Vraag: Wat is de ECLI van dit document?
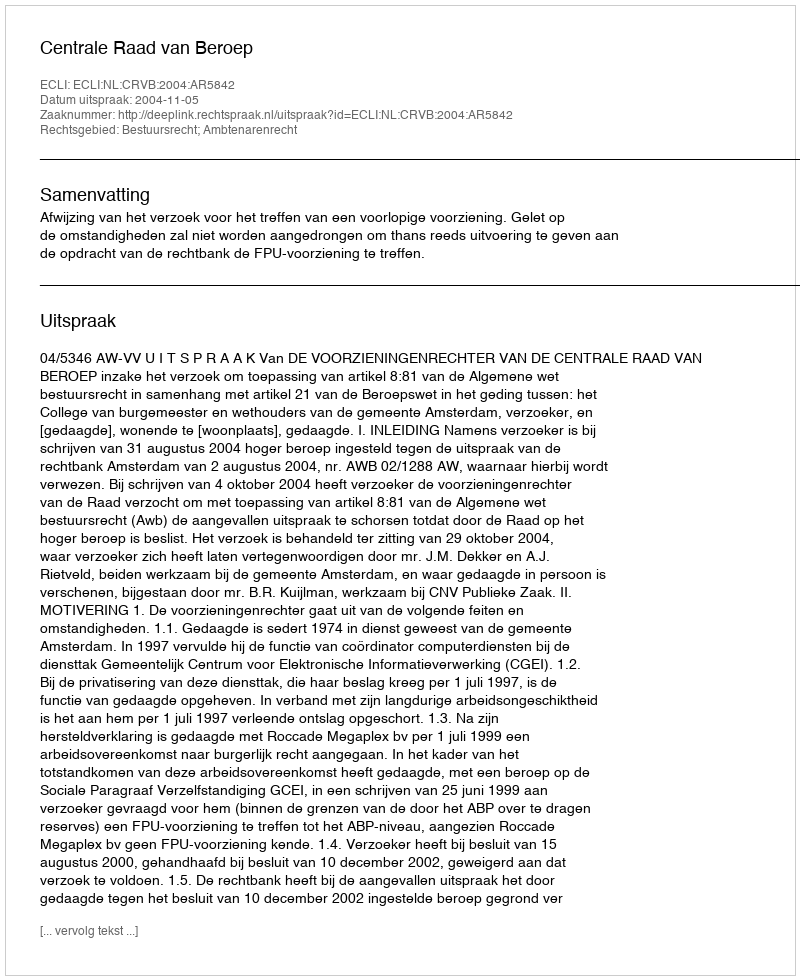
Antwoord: ECLI:NL:CRVB:2004:AR5842